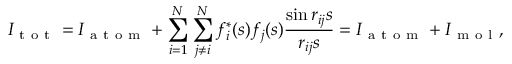
I _ { \mathrm { ~ t ~ o ~ t ~ } } = I _ { \mathrm { ~ a ~ t ~ o ~ m ~ } } + \sum _ { i = 1 } ^ { N } \sum _ { j \neq i } ^ { N } f _ { i } ^ { * } ( s ) f _ { j } ( s ) \frac { \sin { r _ { i j } s } } { r _ { i j } s } = I _ { \mathrm { ~ a ~ t ~ o ~ m ~ } } + I _ { \mathrm { ~ m ~ o ~ l ~ } } ,